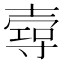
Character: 𡔺